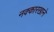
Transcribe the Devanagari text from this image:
नक्कारखाने